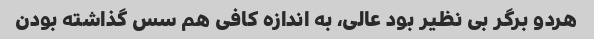
هردو برگر بی نظیر بود عالی، به اندازه کافی هم سس گذاشته بودن